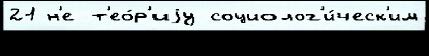
21 н'е т'ео́р'иjу социолог'и́ческ'им